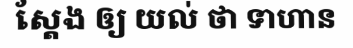
ស្តែង ឲ្យ យល់ ថា ទាហាន